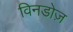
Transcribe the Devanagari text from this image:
विनडोज़